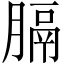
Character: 膈